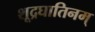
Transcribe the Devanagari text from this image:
शूद्रघातिनम्